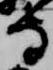
寺